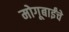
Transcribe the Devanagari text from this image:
मोगूबाईंचे